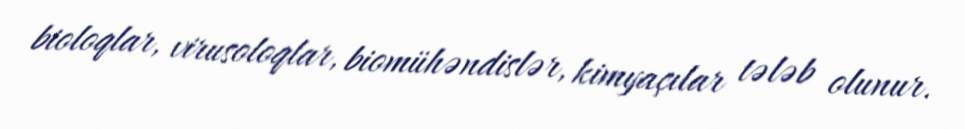
bioloqlar, virusoloqlar, biomühəndislər, kimyaçılar tələb olunur.